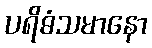
ပရိဓံသမာနော